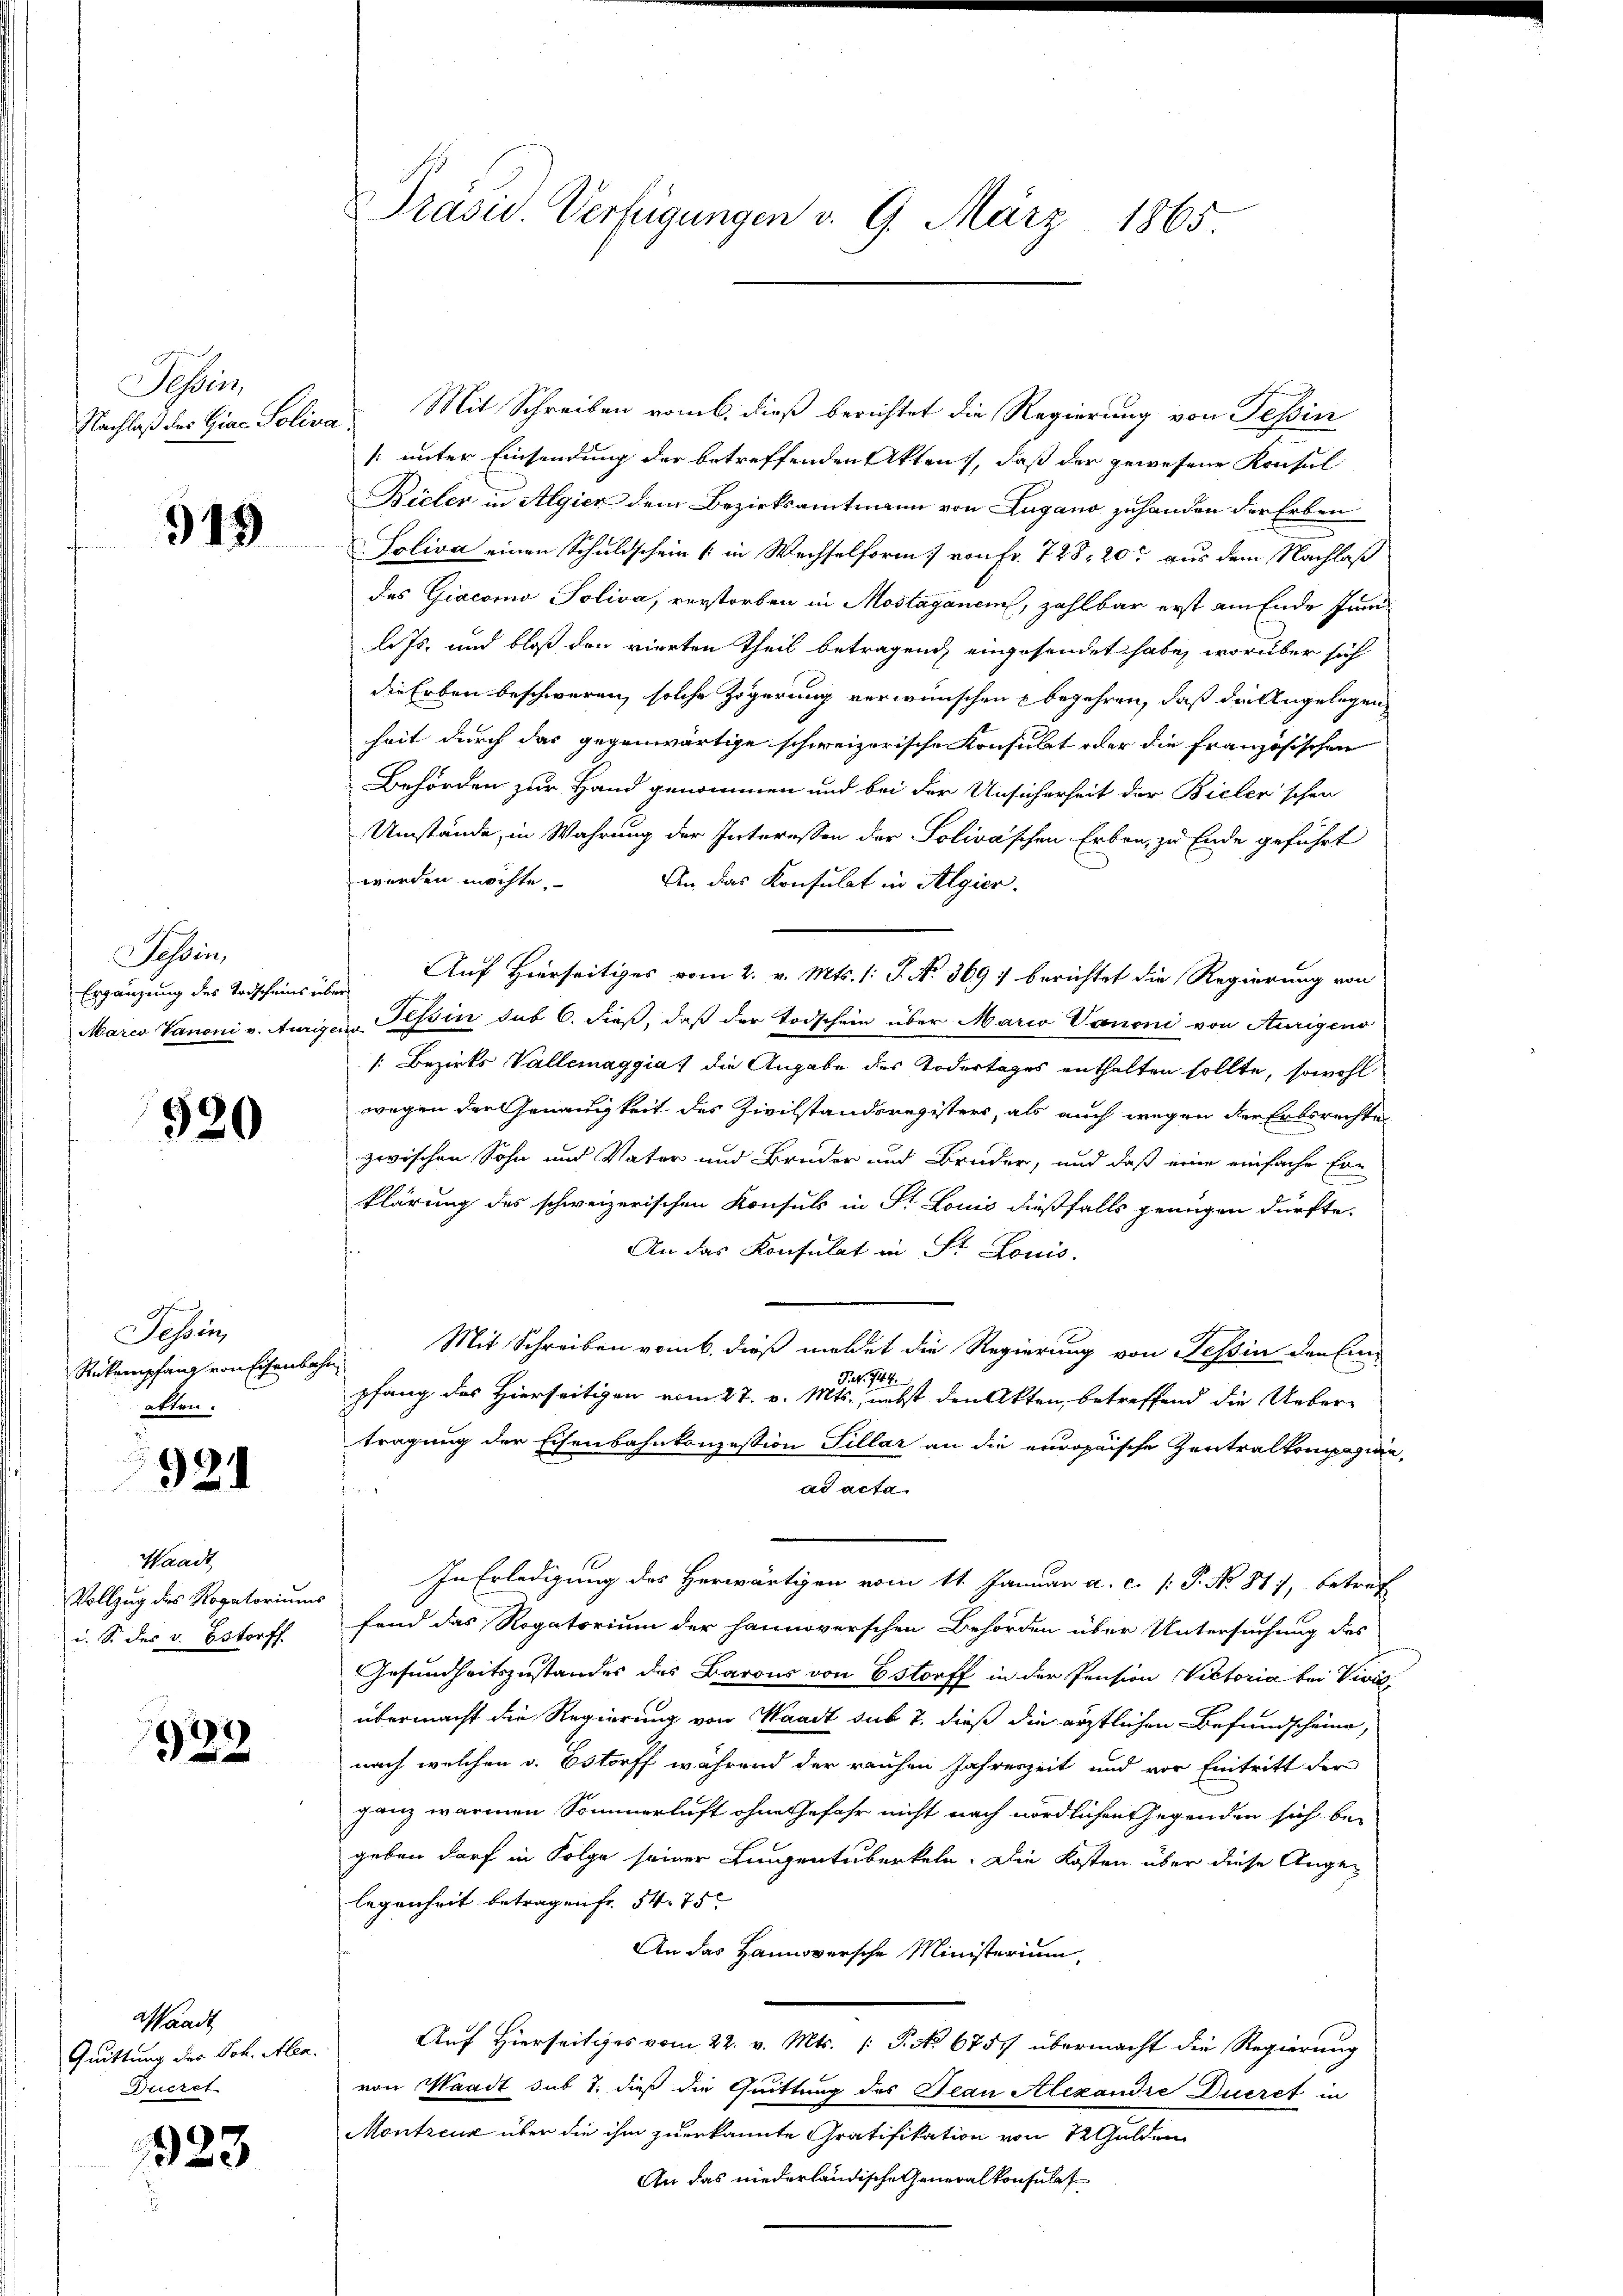
Sessens
Nachlaß der Giac- Poliva

519

Tessin
Ergänzung des Todscheins übe
Marco Vanoni v. Aurig.

520

Tessin,
Rickempfang von Eisenbahr
atten.

921

Waadt
Vollzug des Rogatorium
d. S. des v. Bstorff

923

asandt
Quittung des Joh. Aben
Dueret.

1323

Prasis. Verfügungen v. 9. März 1865.

Mit Schreiben vom 6. dieß berichtet die Regierung von Tessin
[unter Einsendung der betreffenden Akten, daß der gewesene Konsul
Bieler in Algier dem Bezirksamtmann von Lugano zuhanden der Erben
Soliva einen Schuldschein & in Wechselform von Fr. 728, 20 aus dem Nachlaß
das Giacomo Soliva, verstorben in Mostaganen, zahlbar erst am Ende Jun
l. Js. und bloß den vierten Theil betragend eingesendet habe, worüber sich
die Erben beschweren, solche Zögerung verwünschen begehren, daß die Angelegen
heit durch das gegenwärtige schweizerische Konsulat war die französischen
Behörden zur Hand genommen und bei der Unsicherheit der Bieler'schen
Umstände, in Wahrung der Interessen der Solivaschen Erben, zu Ende geführt
werden möchte.
An das Konsulat in Algier.
Auf Hierseitiges vom 2. v. Mts. 1: J. No. 369; berichtet die Regierung von
Bur
in Tessin das 6. dieß, daß der Todschein über Mario Vanoni von Aurigeno
[: Bezirks Vallemaggia die Angabe des Todestages enthalten sollte, sowohl
wegen der Genauigkeit des Zivilstandsregisters, als auch wegen der Erbsrechte
zwischen Sohn und Vater und Bruder und Bruder, und daß eine einfache Er-
klärung des schweizerischen Konsuls in Fr. Louis dießfalls genügen dürfte.
An das Konsulat in St. Louis
Mit Schreiben vom 6. dieß meldet die Regierung von Tessin der Ein-
Fr. 744.
pfang des Hierseitigen vom 27. v. Mts., nebst den Akten, betreffend die Uebertragung der Eisenbahnkonzession Sillar an die europaische Zentralkompagnie,
ad acta

In Erledigung des Herwärtigen vom 11. Januar a. c. P. No. 811, betref
fend das Rogatorium der hannoverschen Behörden über Untersuchung des
Gesundheitszustandes des Barons von Bstorff in der Pension Viktoria bei Vivić,
übermacht die Regierung von Waadt sub 7. dieß die ärztlichen Befindscheine,
nach welchen v. Bstorff während der rauhen Jahreszeit und vor Eintritt der
ganz warmen Sommerlicht ohne Gefahr nicht nach nördlichen Gegenden sich be-
geben darf in Folge seiner Liegentuberkeln. Die Kosten über diese Angelegenheit betragen fr. 54. 75
An das Hannoversche Ministerium,
Auf Hierseitiges vom 22. v. Mts. (: P. No 675. übermacht die Regierung
von Waadt sub 1. dieß die Quittung des Tean Alexandre Dueret in
Montreux über die ihm zuerkannte Gratifikation von 12 Gulden
An das niederländische Generalkonsulat